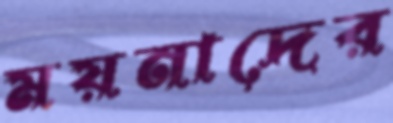
ময়নাদের